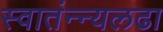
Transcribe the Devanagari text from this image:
स्वातंन्न्यलढा